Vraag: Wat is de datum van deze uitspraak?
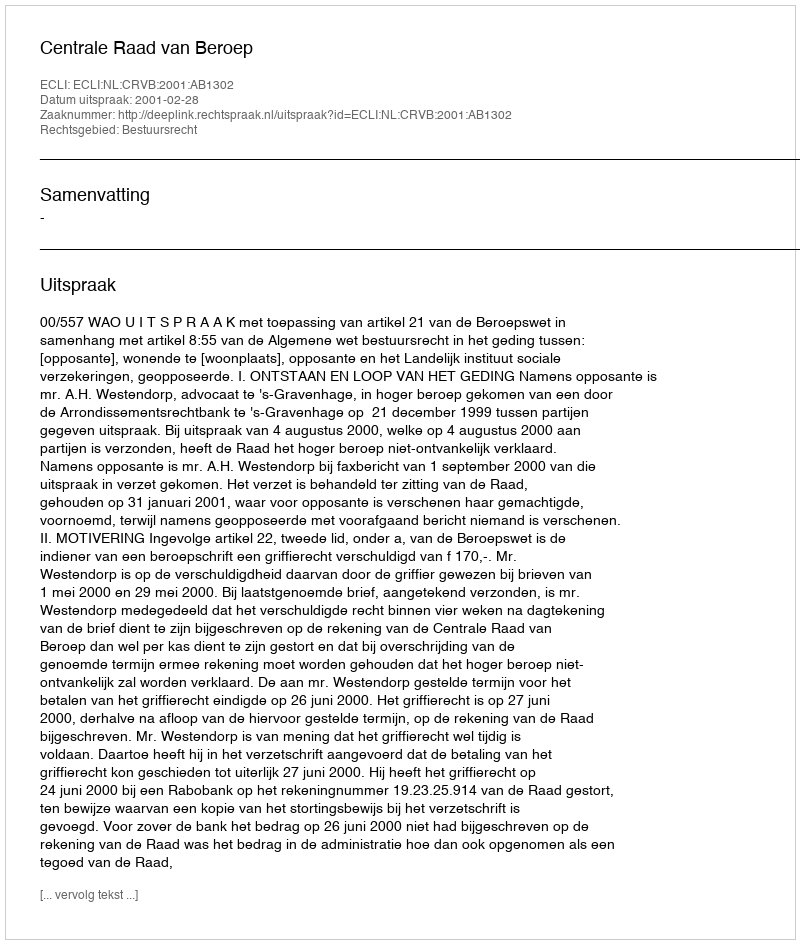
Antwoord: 2001-02-28